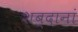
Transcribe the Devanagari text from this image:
शब्दानां